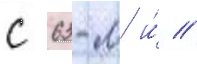
с 63-м и́ //